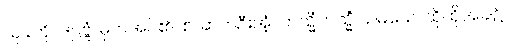
သုခကို။ ဒဋ္ဌဗ္ဗံ၊ မှတ်အပ်၏။ စ၊ ဆက်ဦးအံ့။ တသ္မိံတသ္မိံ သမယေ၊ ထိုထိုအခါ၌။